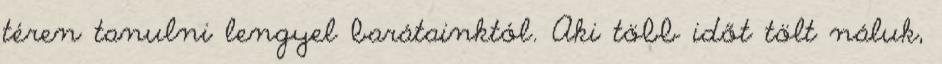
téren tanulni lengyel barátainktól. Aki több időt tölt náluk,